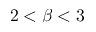
2 < \beta < 3